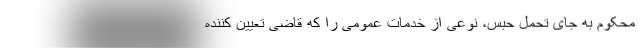
محکوم به جای تحمل حبس، نوعی از خدمات عمومی ‌را که قاضی تعیین کننده